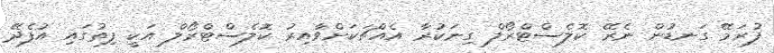
ފުރަމޭ ގަނޑުން ނެރޭ ކޮލެސްޓްރޯލް ގިނަކުރާ އެއްޗަކަށްވާއިރު ކޮލެސްޓްރޯލް އަކީ ފިތުގައި އުފެދޭ